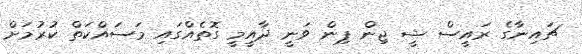
ޗައިނާގެ ރައީސް ޝީ ޖިން ޕިން ވަނީ ދާއީމީ ގޮތެއްގައި މަސައްކަތް ކުރުމަށް